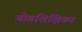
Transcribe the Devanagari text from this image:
योगशिक्षिका